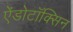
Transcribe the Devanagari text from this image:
ऐंडोटॉक्सिन